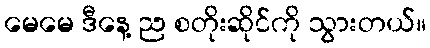
မေမေ ဒီနေ့ ည စတိုးဆိုင်ကို သွားတယ်။